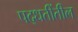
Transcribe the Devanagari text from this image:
पद्धतींतील